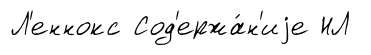
Л'еннокс Сод'ержа́н'иjе НЛ